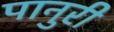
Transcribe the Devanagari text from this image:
पानुरी